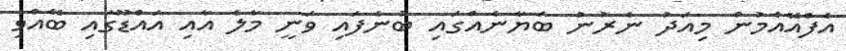
އެފްއޭއެމުން މިއަދު ނެރުނު ބަޔާނެއްގައި ބުނެފައި ވަނީ މާލެ އާއި އައްޑޫގައި ބޭއްވި